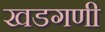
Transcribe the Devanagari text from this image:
खडगणी